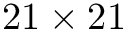
2 1 \times 2 1